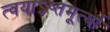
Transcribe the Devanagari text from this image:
त्वयाऽष्तमूर्त्या